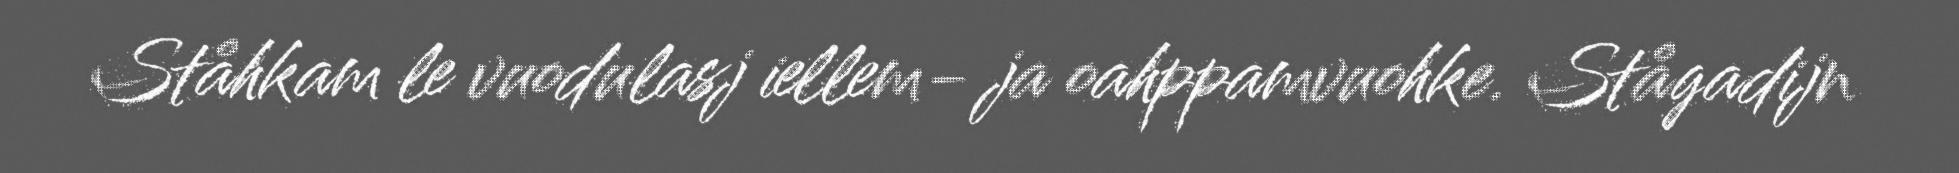
Ståhkam le vuodulasj iellem- ja oahppamvuohke. Stågadijn